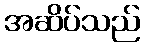
အဆိပ်သည်